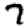
Digit: 7